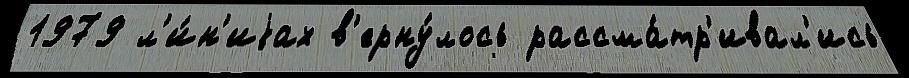
1979 л'и́н'иjах в'ерну́лось рассма́тр'ивал'ись